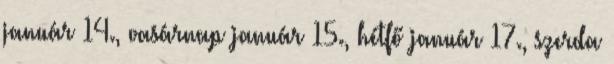
január 14., vasárnap január 15., hétfő január 17., szerda